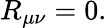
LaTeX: R_{\mu\nu}=0.